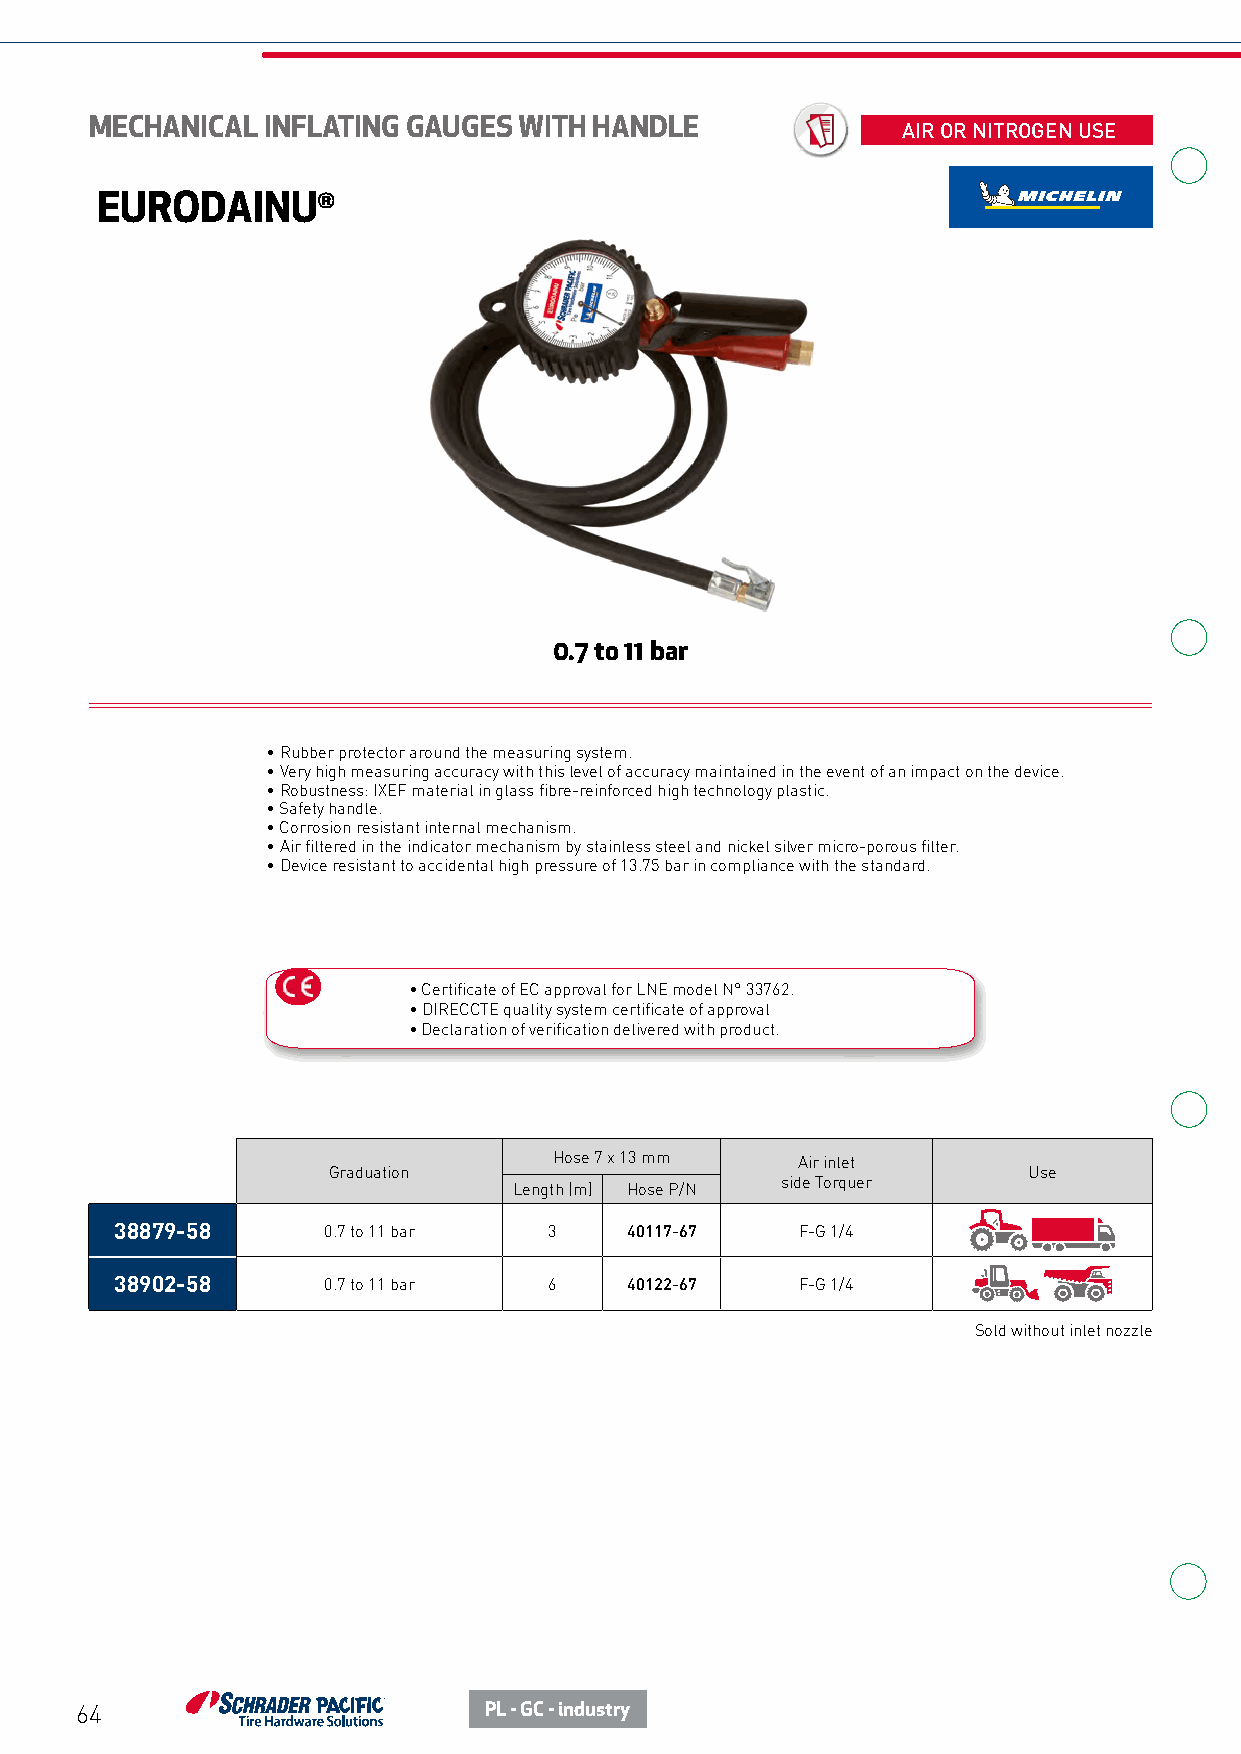
MECHANICAL  INFLATING GAUGES WITH HANDLE              AIR OR NITROGEN USE
 EURODAINU®
 0.7 to 11 bar
 • Rubber protector around the measuring system.
 • Very high measuring accuracy with this level of accuracy maintained in the event of an impact on the device.
 • Robustness: IXEF material in glass fibre-reinforced high technology plastic.
 • Safety handle.
 • Corrosion resistant internal mechanism.
 • Air filtered in the indicator mechanism by stainless steel and nickel silver micro-porous filter.
 • Device resistant to accidental high pressure of 13.75 bar in compliance with the standard.
 • Certificate of EC approval for LNE model N° 33762.
 • DIRECCTE quality system certificate of approval
 • Declaration of verification delivered with product.
 Hose 7 x 13 mm  Air inlet
 Graduation                                    Use
 side Torquer
 Length (m) Hose P/N
 38879-58     0.7 to 11 bar  3    40117-67    F-G 1/4
 38902-58     0.7 to 11 bar  6    40122-67    F-G 1/4
 Sold without inlet nozzle
 64                         PL - GC - industry